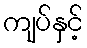
ကျပ်နှင့်